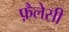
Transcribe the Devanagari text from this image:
फ़ैलेसी